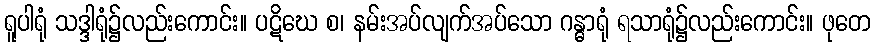
ရူပါရုံ သဒ္ဒါရုံ၌လည်းကောင်း။ ပဋိဃေ စ၊ နမ်းအပ်လျက်အပ်သော ဂန္ဓာရုံ ရသာရုံ၌လည်းကောင်း။ ဖုတေ